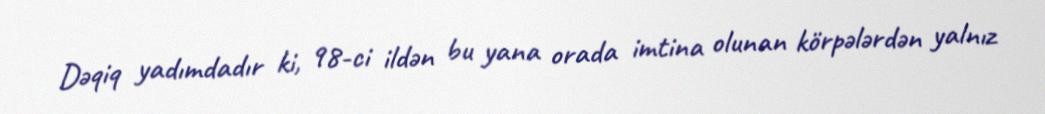
Dəqiq yadımdadır ki, 98-ci ildən bu yana orada imtina olunan körpələrdən yalnız